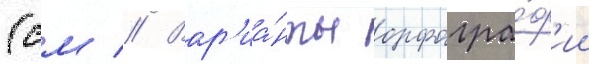
(см // Вар'иа́нты орфогра́ф'ии